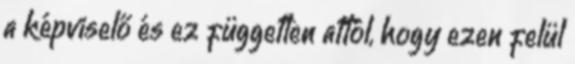
a képviselő és ez független attól, hogy ezen felül